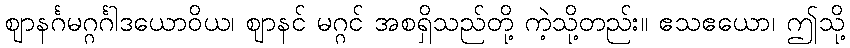
ဈာနင်္ဂမဂ္ဂင်္ဂါဒယောဝိယ၊ ဈာနင် မဂ္ဂင် အစရှိသည်တို့ ကဲ့သို့တည်း။ ဧသဧယော၊ ဤသို့